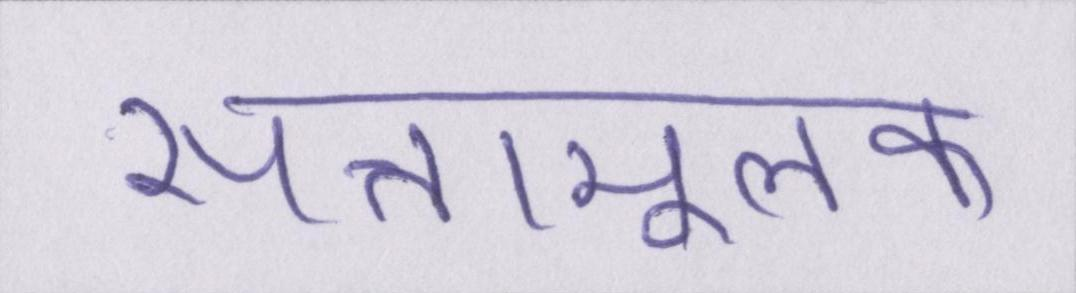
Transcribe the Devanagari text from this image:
सत्तामूलक